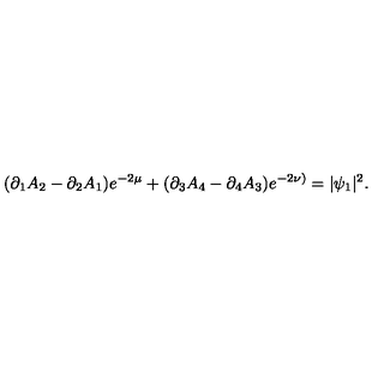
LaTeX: ( \partial _ { 1 } A _ { 2 } - \partial _ { 2 } A _ { 1 } ) e ^ { - 2 \mu } + ( \partial _ { 3 } A _ { 4 } - \partial _ { 4 } A _ { 3 } ) e ^ { - 2 \nu ) } = | \psi _ { 1 } | ^ { 2 } .